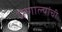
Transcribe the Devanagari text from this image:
प्रणाल्यांची